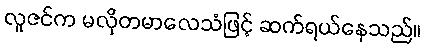
လူဇင်က မလိုတမာလေသံဖြင့် ဆက်ရယ်နေသည်။